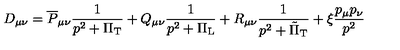
D _ { \mu \nu } = \overline { { P } } _ { \mu \nu } \frac { 1 } { p ^ { 2 } + \Pi _ { \mathrm { T } } } + Q _ { \mu \nu } \frac { 1 } { p ^ { 2 } + \Pi _ { \mathrm { L } } } + R _ { \mu \nu } \frac { 1 } { p ^ { 2 } + \tilde { \Pi } _ { \mathrm { T } } } + \xi \frac { p _ { \mu } p _ { \nu } } { p ^ { 2 } }